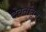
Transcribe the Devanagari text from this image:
देवतांतून